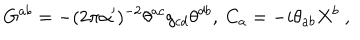
LaTeX: G ^ { a b } = - ( 2 \pi \alpha ^ { \prime } ) ^ { - 2 } \theta ^ { a c } g _ { c d } \theta ^ { d b } , \ C _ { a } = - i \theta _ { a b } X ^ { b } \ ,